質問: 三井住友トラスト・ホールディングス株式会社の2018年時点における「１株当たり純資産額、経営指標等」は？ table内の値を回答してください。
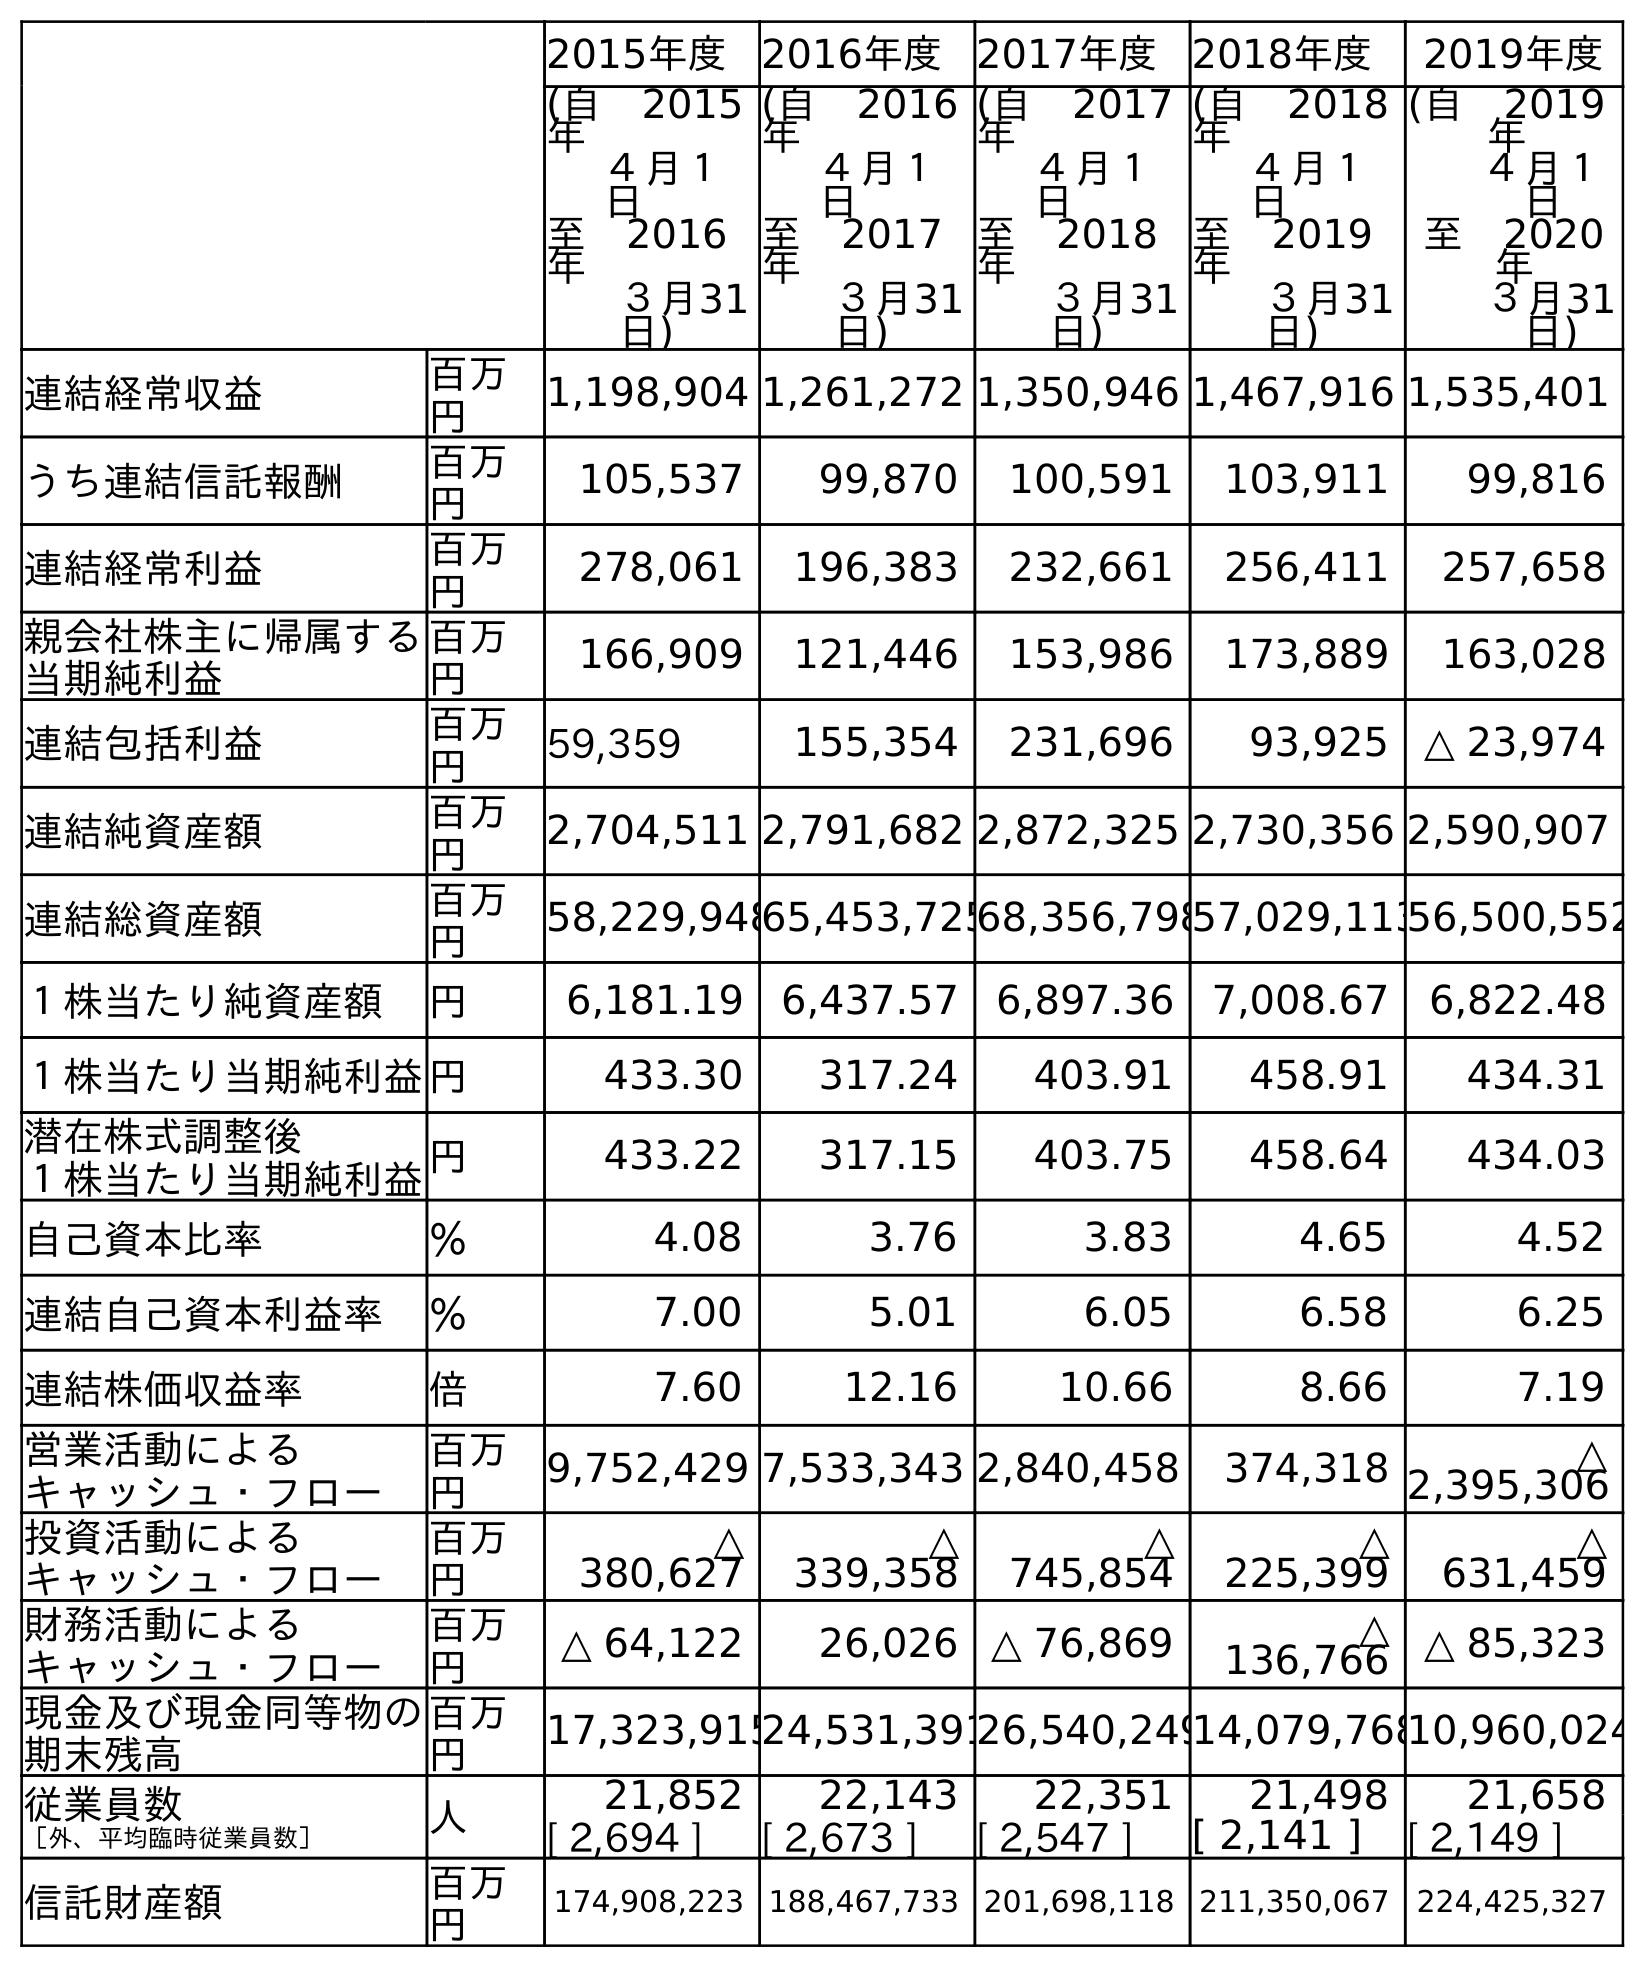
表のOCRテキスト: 2015年度 2016年度 2017年度 2018年度 2019年度 (自 2015 年 ４月１ 日 至 2016 年 ３月31 日) (自 2016 年 ４月１ 日 至 2017 年 ３月31 日) (自 2017 年 ４月１ 日 至 2018 年 ３月31 日) (自 2018 年 ４月１ 日 至 2019 年 ３月31 日) (自 2019 年 ４月１ 日 至 2020 年 ３月31 日) 連結経常収益 百万 円 1,198,904 1,261,272 1,350,946 1,467,916 1,535,401 うち連結信託報酬 百万 円 105,537 99,870 100,591 103,911 99,816 連結経常利益 百万 円 278,061 196,383 232,661 256,411 257,658 親会社株主に帰属する 当期純利益 百万 円 166,909 121,446 153,986 173,889 163,028 連結包括利益 百万 円 59,359 155,354 231,696 93,925 △ 23,974 連結純資産額 百万 円 2,704,511 2,791,682 2,872,325 2,730,356 2,590,907 連結総資産額 百万 円 58,229,94865,453,72568,356,79857,029,11356,500,552 １株当たり純資産額 円 6,181.19 6,437.57 6,897.36 7,008.67 6,822.48 １株当たり当期純利益円 433.30 317.24 403.91 458.91 434.31 潜在株式調整後 １株当たり当期純利益円 433.22 317.15 403.75 458.64 434.03 自己資本比率 ％ 4.08 3.76 3.83 4.65 4.52 連結自己資本利益率 ％ 7.00 5.01 6.05 6.58 6.25 連結株価収益率 倍 7.60 12.16 10.66 8.66 7.19 営業活動による キャッシュ・フロー 百万 円 9,752,429 7,533,343 2,840,458 374,318 △ 2,395,306 投資活動による キャッシュ・フロー 百万 円 △ 380,627 △ 339,358 △ 745,854 △ 225,399 △ 631,459 財務活動による キャッシュ・フロー 百万 円 △ 64,122 26,026 △ 76,869 △ 136,766 △ 85,323 現金及び現金同等物の 期末残高 百万 円 17,323,91524,531,39126,540,24914,079,76810,960,024 従業員数 ［外、平均臨時従業員数］ 人 21,852 22,143 22,351 21,498 21,658 [ 2,694 ] [ 2,673 ] [ 2,547 ] [ 2,141 ] [ 2,149 ] 信託財産額 百万 円 174,908,223 188,467,733 201,698,118 211,350,067 224,425,327
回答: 6,897.36